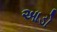
આડો